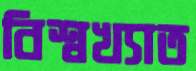
বিশ্বখ্যাত